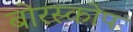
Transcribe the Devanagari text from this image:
बोरस्कोप